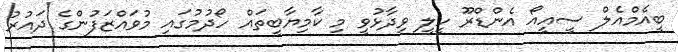
ބީއެމްއެލް ސީއީއޯ އެންޑްރޫ ހީލީ ވިދާޅުވީ މި ކާމިޔާބީތައް ހޯދުމުގައި މުވައްޒަފުންގެ ދައުރު